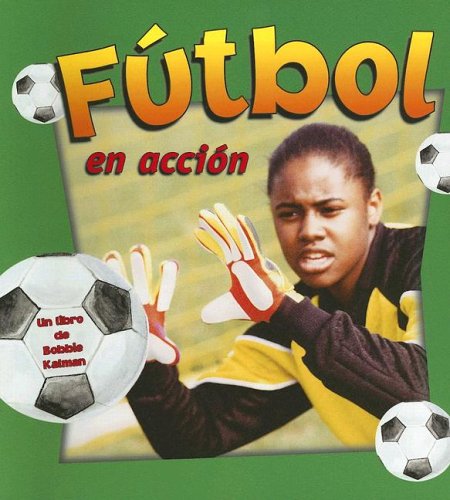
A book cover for Futbol En Accion / Soccer in Action (Deportes En Accion / Sports in Action) (Spanish Edition); Sarah Dann; Children's Books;